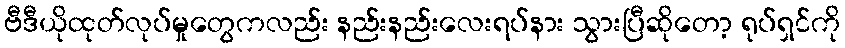
ဗီဒီယိုထုတ်လုပ်မှုတွေကလည်း နည်းနည်းလေးရပ်နား သွားပြီဆိုတော့ ရုပ်ရှင်ကို